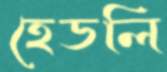
হেডলি